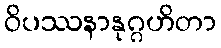
ဝိပဿနာနုဂ္ဂဟိတာ